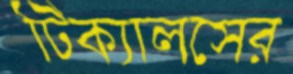
টিক্যালসের